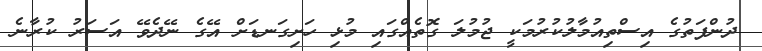
ދުންފަތުގެ އިސްތިއުމާލުކުރުމަކީ ޖުމުލަ ގޮތެއްގައި މުޅި ހަށިގަނޑަށް އޭގެ ނޭދެވޭ އަސަރު ކުރާނެ